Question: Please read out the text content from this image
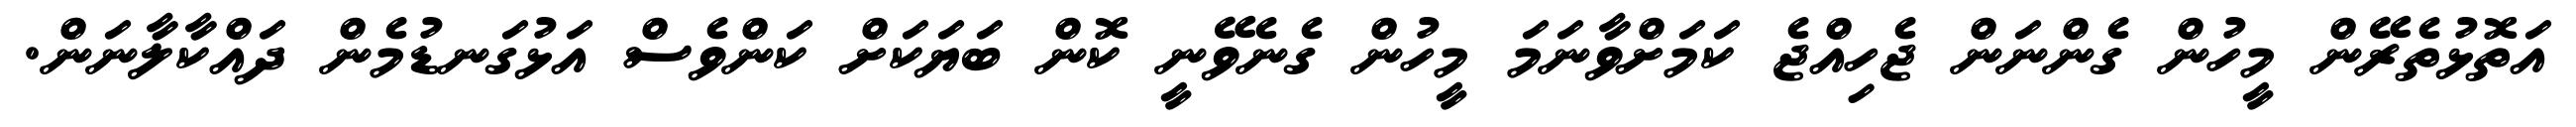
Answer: އަތޮޅުތެރޭން މީހުން ގެންނަން ޖެހިއްޖެ ކަމަށްވާނަމަ މީހުން ގެނެވޭނީ ކޮން ބަޔަކަށް ކަންވެސް އަޅުގަނޑުމެން ދައްކާލާނަން.